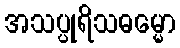
အသပ္ပုရိသဓမ္မော